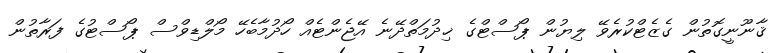
ޤާނޫނީގޮތުން ގެޒެޓްކުރެވޭ ލިޔުން ޕޯސްޓްގެ ޚިދުމަތްދޭނެ އޭޖެންޓެއް ހޯދުމާބެހޭ މޯލްޑިވްސް ޕޯސްޓުގެ ފަރާތުން